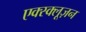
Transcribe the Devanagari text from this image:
एक्स्क्लूज़न